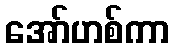
အော်ဟစ်ကာ